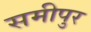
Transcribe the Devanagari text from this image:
समीपुर